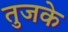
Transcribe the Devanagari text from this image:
तुजके